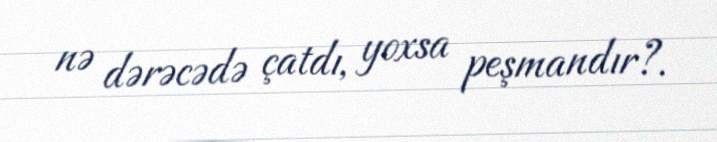
nə dərəcədə çatdı, yoxsa peşmandır?.